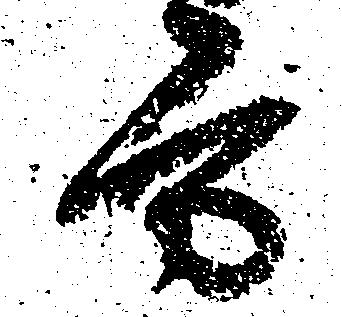
方